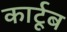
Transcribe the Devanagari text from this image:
कार्टूब